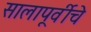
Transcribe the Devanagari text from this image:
सालापूर्वीचे